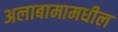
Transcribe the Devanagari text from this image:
अलाबामामधील